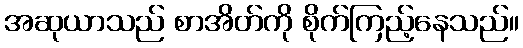
အဆုယာသည် စာအိတ်ကို စိုက်ကြည့်နေသည်။